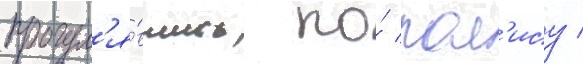
прогул'я́вшись по́ пол'ису /